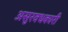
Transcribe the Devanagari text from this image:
असुरवधकारी